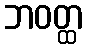
ဘဝတ္ထ